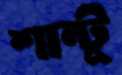
শান্টু